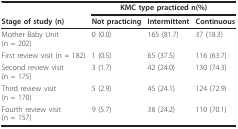
<table><thead><tr><td></td><td colspan="3"><b>KMC type practiced n(%)</b></td></tr><tr><td><b>Stage of study (n)</b></td><td><b>Not practicing</b></td><td><b>Intermittent</b></td><td><b>Continuous</b></td></tr></thead><tbody><tr><td>Mother Baby Unit (n = 202)</td><td>0 (0.0)</td><td>165 (81.7)</td><td>37 (18.3)</td></tr><tr><td>First review visit (n = 182)</td><td>1 (0.5)</td><td>65 (37.5)</td><td>116 (63.7)</td></tr><tr><td>Second review visit (n = 175)</td><td>3 (1.7)</td><td>42 (24.0)</td><td>130 (74.3)</td></tr><tr><td>Third review visit (n = 170)</td><td>5 (2.9)</td><td>45 (24.1)</td><td>124 (72.9)</td></tr><tr><td>Fourth review visit (n = 157)</td><td>9 (5.7)</td><td>38 (24.2)</td><td>110 (70.1)</td></tr></tbody></table>